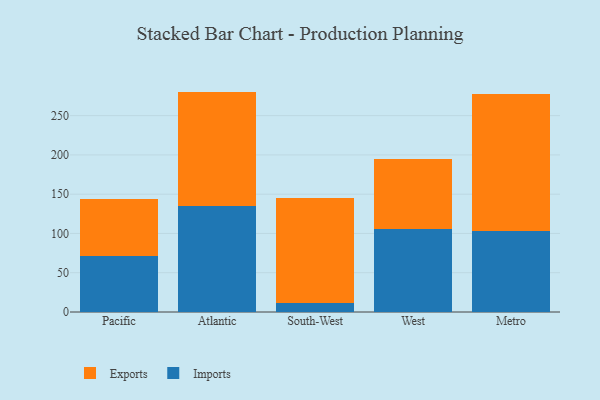
{"axis": {"x": "Region", "y": "Operating Costs (USD K)"}, "legend": ["Exports", "Imports"], "data": [{"x": "Pacific", "y": 71.4, "type": "Imports"}, {"x": "Pacific", "y": 72.0, "type": "Exports"}, {"x": "Atlantic", "y": 134.7, "type": "Imports"}, {"x": "Atlantic", "y": 145.9, "type": "Exports"}, {"x": "South-West", "y": 11.2, "type": "Imports"}, {"x": "South-West", "y": 133.4, "type": "Exports"}, {"x": "West", "y": 105.8, "type": "Imports"}, {"x": "West", "y": 88.7, "type": "Exports"}, {"x": "Metro", "y": 103.5, "type": "Imports"}, {"x": "Metro", "y": 174.5, "type": "Exports"}]}